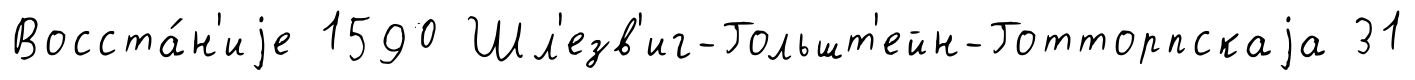
Восста́н'иjе 1590 Шл'езв'иг-Гольшт'ейн-Готторпскаjа 31